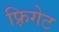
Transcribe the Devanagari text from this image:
फ़्रिगेट